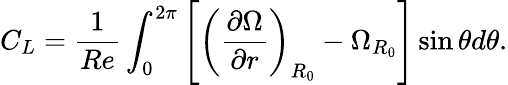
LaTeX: C_{L}=\frac{1}{Re}\int_{0}^{2\pi}\left[\left(\frac{\partial\Omega}{\partial r}\right)_{R_{0}}-\Omega_{R_{0}}\right]\sin{\theta}d\theta.